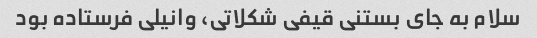
سلام به جای بستنی قیفی شکلاتی، وانیلی فرستاده بود